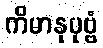
ကိမာနုပုဗ္ဗံ